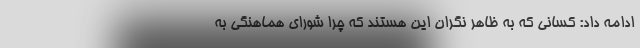
ادامه داد: کسانی که به ظاهر نگران این هستند که چرا شورای هماهنگی به